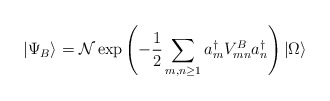
\begin{align*}|\Psi _{B}\rangle =\mathcal{N}\exp \left( -{\frac{1}{2}}\sum_{m,n\geq1}a_{m}^{\dagger }V_{mn}^{B}a_{n}^{\dagger }\right) |\Omega \rangle\end{align*}